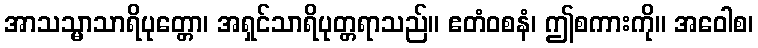
အာသသ္မာသာရိပုတ္တော၊ အရှင်သာရိပုတ္တရာသည်။ ဧတံဝစနံ၊ ဤစကားကို။ အဝေါစ၊